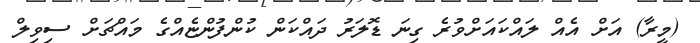
(މީރާ) އަށް އެއް ލައްކައަށްވުރެ ގިނަ ޑޮލަރު ދައްކަން ކުންފުންޏެއްގެ މައްޗަށް ސިވިލް